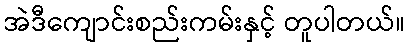
အဲဒီကျောင်းစည်းကမ်းနှင့် တူပါတယ်။